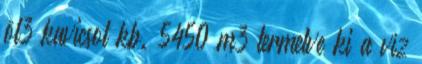
öl3 kavicsot kb. 5450 m3 termelve ki a víz